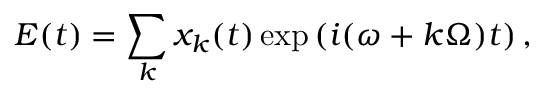
E ( t ) = \sum _ { k } x _ { k } ( t ) \exp \left( i ( \omega + k \Omega ) t \right) ,